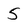
Character: 5